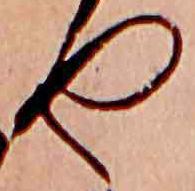
や